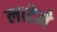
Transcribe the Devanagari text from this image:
लादेने